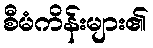
စီမံကိန်းများ၏